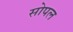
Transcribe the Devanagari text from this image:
सोपल